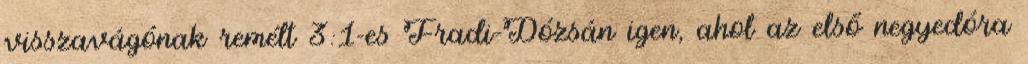
visszavágónak remélt 3:1-es Fradi-Dózsán igen, ahol az első negyedóra